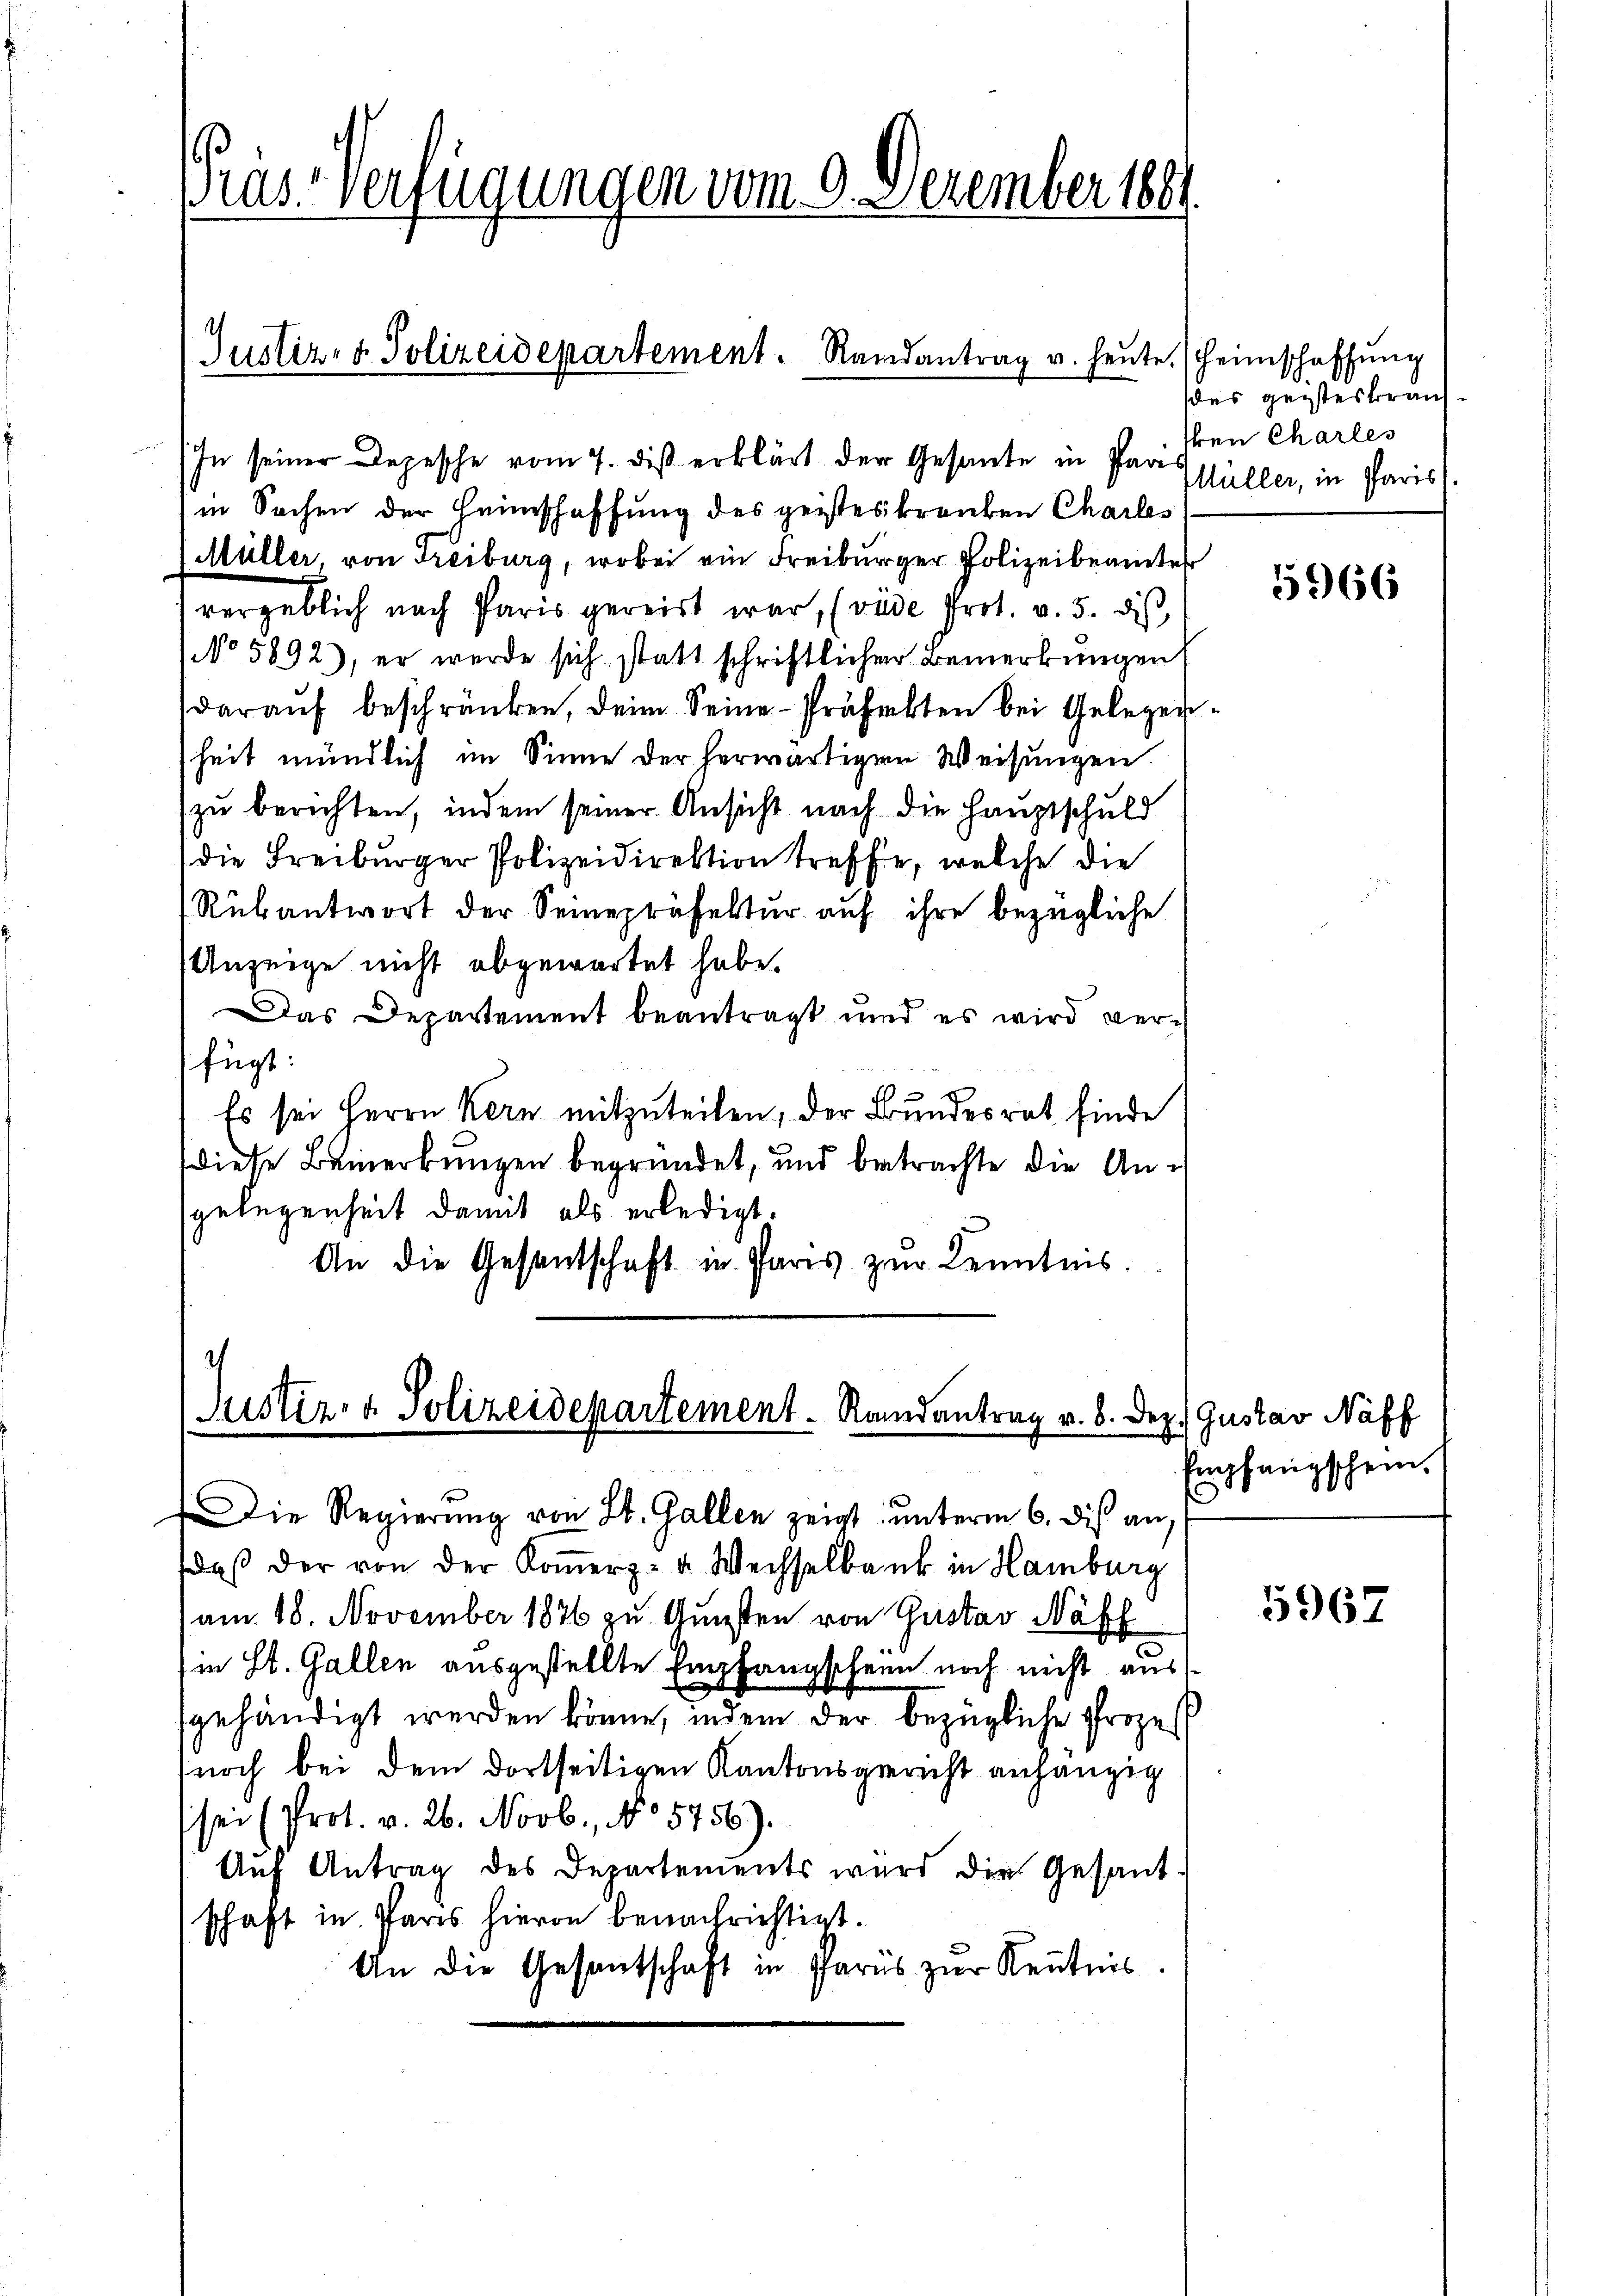
ras. Verfügungen vom 9. Dezember 1881

Justiz- & Polizeidepartement. Randantrag u. heute.

In seiner Depesche vom 7. dis erklärt der Gesante in Par Spüller, in Paris
in Sachen der Heimschaffung des geisteskranken Charles
Müller, von Freiburg, wobei ein Freiburger Polizeibeamter
vergeblich nach Paris gereist war, (vide Prot. v. 5. dis
No 5892), er werde sich statt schriftlichen Bemerkungen
daraŭf beschränken, dein Seine Präfekten bei Gelegenheit mündlich im Sinne der herwärtigen Weisungen.
zu berichten, indem seiner Ansicht nach die Hauptschuld
die Freiburger Polizeidirektion treffe, welche die
Rubantwort der Seinepräfektur auf ihre bezügliche
Anzeige nicht abgewartet habe.
Das Departement beantragt und es wird ver-
fügt:
Es sei Herrn Kern mitzuteilen, der Bundesrat finde
diese Bemerkungen begründet, und betrachte die Ansgelegenheit damit als erledigt.
An die Gesentschaft in Paris zŭr Kenntnis.

.
Justiz- & Polizeidepartement. Randantrag v. 8. Dez. Gustav Näff

Die Regierŭng von St. Gallen zeigt ŭnterm 6. dis an
daβ der von der Koṁerz- u. Wechselbank in Hamburg
am 18. November 1876 zu Gunsten von Gustav Näff
in St. Gallen ausgestellte Empfangschein noch nicht ausgehändigt werden könne, indem der bezügliche Prozes
noch bei dem dortseitigen Kantonsgericht anhängig
sei (Prot. v. 26. Novb., No 5756).
Aŭf Antrag des Departements wird die Gesand-
schaft in Paris hievon benachrichtigt.
An die Gesantschaft in Paris zur Kenntnis.

Heimschaffung
des geisteskraus¬
Iren Charles

5966

Empfangschein.

5967